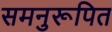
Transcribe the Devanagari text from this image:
समनुरूपित